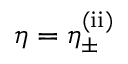
\eta = \eta _ { \pm } ^ { \mathrm { ( i i ) } }